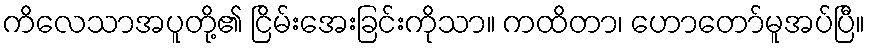
ကိလေသာအပူတို့၏ ငြိမ်းအေးခြင်းကိုသာ။ ကထိတာ၊ ဟောတော်မူအပ်ပြီ။